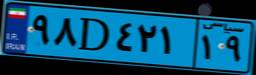
۳۵D۵۵۷۰۸